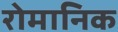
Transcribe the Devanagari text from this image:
रोमानिक